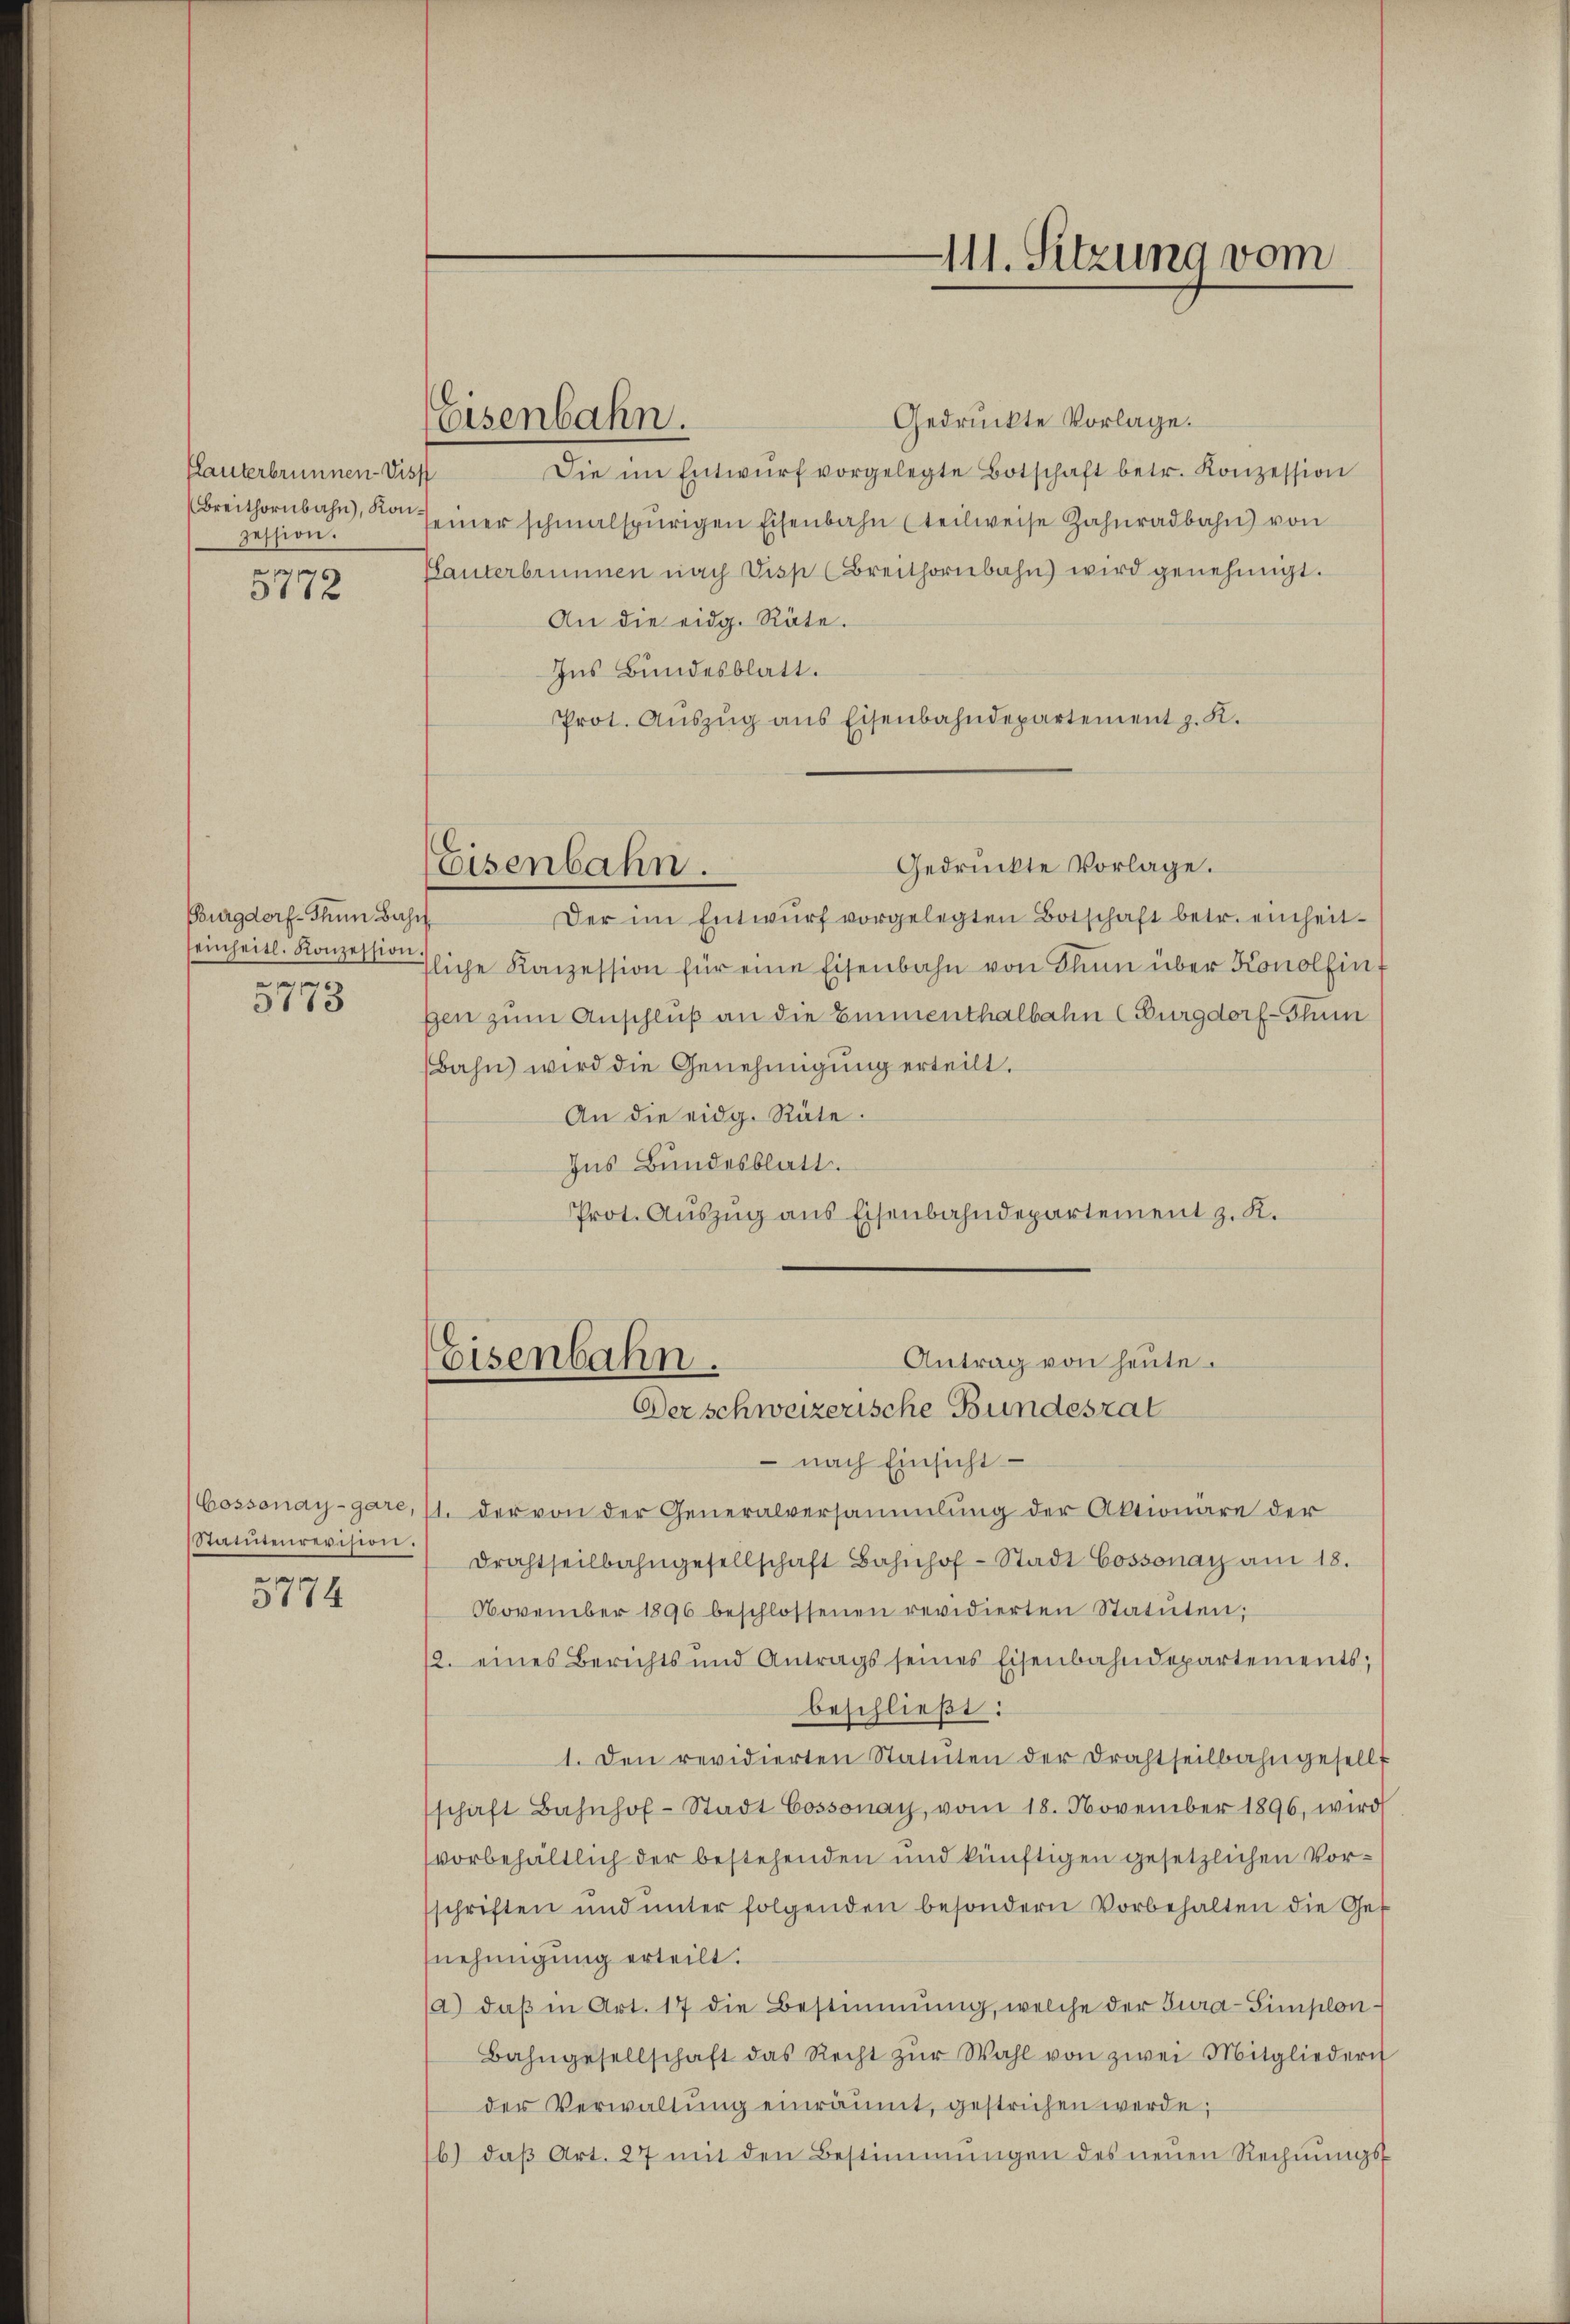
Planterbrunnen-Visf
zession.
d

3172

Burgdorf- Thun Bahn
seinheitl. Konzession
e
5113

Statutenrevision.
n

3114

Eisenbahn.

Gedrückte Vorlage.
Die im Entwŭrf vorgelegte Botschaft betr. Konzession
(Breithornbahn, von einer schmalspurigen Eisenbahn (teilweise Zahnradbahn von
Planterbrunnen nach Disp (Breithornbahn wird genehmigt.
An die eidg. Räte.
Ins Bundesblatt.
Prot. Aŭszŭg ans Eisenbahndepartement z. K.

Eisenbahn.

111. Sitzung vom

Gedrückte Vorlage.
Der im Entwŭrf vorgelegten Botschaft betr. einheit-
fliche Konzession für eine Eisenbahn von Klim über Konolfin
gen zum Anschluß an die Emmenthalbahn (Burgdorf-Thun
Bahn wird die Genehmigung erteilt.
An die eidg. Räte.
Ins Bundesblatt.
Prot. Aŭszŭg ans Eisenbahndepartement z. K.

Antrag von heute.
Eisenbahn.
Der schweizerische Bundesrat

nach Einsicht
Cossonay-gare, 11. der von der Generalversammlung der Aktionäre der
drahtseilbahngesellschaft Bahnhof-Stadt Cossonay am 18.
November 1896 beschlossenen revidierten Statŭten;
12. eines Berichts und Antrags seines Eisenbahndepartements;
beschließt:
1. Den revidierten Statuten der Drahtseilbahngesellt
schaft Bahnhof-Stadt Cossonay, vom 18. November 1896, wird
vorbehältlich der bestehenden und künftigen gesetzlichen Vorsschriften ŭnd ŭnter folgenden besondern Vorbehalten die Gef
nehmigung erteilt.
(a) daβ in Art. 17 die Bestimmung, welche der Tura-Simplon
Bahngesellschaft das Recht zŭr Wahl von zwei Mitgliedern
der Verwaltŭng einräumt, gestrichen werde,
b) daβ Art. 27 mit den Bestimmungen des neŭen Rechnŭngs-